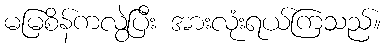
မမြစိန်ကလွဲပြီး အားလုံးရယ်ကြသည်။